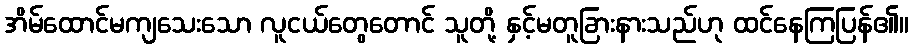
အိမ်ထောင်မကျသေးသော လူငယ်တွေတောင် သူတို့ နှင့်မတူခြားနားသည်ဟု ထင်နေကြပြန်၏။